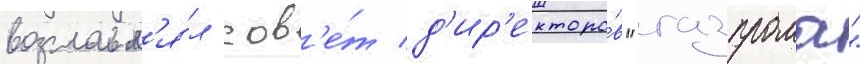
возглавл'я́л сов'е́т д'ир'екторо́в "газпрома"